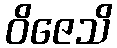
ဝိဇေသိ